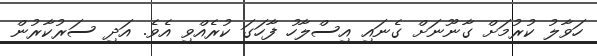
ހަވާލު ކުރުމަށް ގާނޫނަށް ގެނައި އިސްލާހު ފާހަގަ ކުރެއްވި އެވެ. އަދި ސަރުކާރުން